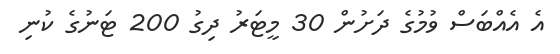
އެ އެއްބަސް ވުމުގެ ދަށުން 30 މީޓަރު ދިގު 200 ޓަނުގެ ކުނި